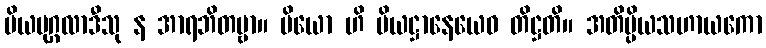
ပိယပုဂ္ဂလာဒီသု န အာရဘိတဗ္ဗာ။ ပိယော ဟိ ပိယဋ္ဌာနေယေဝ တိဋ္ဌတိ။ အတိပ္ပိယသဟာယကော